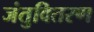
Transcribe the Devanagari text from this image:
जंतुवितरण